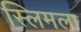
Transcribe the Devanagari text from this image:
स्लिमला